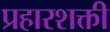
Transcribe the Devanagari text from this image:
प्रहारशक्ती